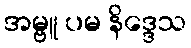
အမ္ဗူ ပမ နိဒ္ဒေသ